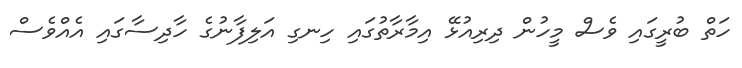
ހަތް ބުރީގައި ވެސް މީހުން ދިރިއުޅޭ އިމާރާތުގައި ހިނގި އަލިފާނުގެ ހާދިސާގައި އެއްވެސް